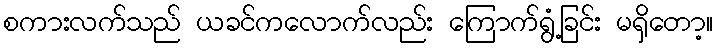
စကားလက်သည် ယခင်ကလောက်လည်း ကြောက်ရွံ့ခြင်း မရှိတော့။